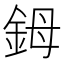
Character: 鉧